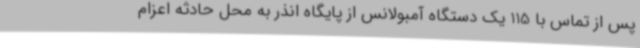
پس از تماس با 115 یک دستگاه آمبولانس از پایگاه انذر به محل حادثه اعزام